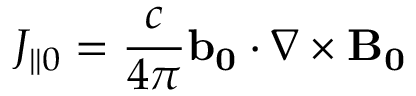
J _ { | | 0 } = \frac { c } { 4 \pi } \mathbf { b _ { 0 } } \cdot \nabla \times \mathbf { B _ { 0 } }